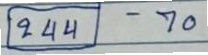
(244) - 70